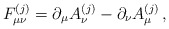
\begin{align*}F^{(j)}_{\mu\nu} = \partial_\mu A^{(j)}_\nu - \partial_\nu A^{(j)}_\mu \, ,\end{align*}